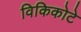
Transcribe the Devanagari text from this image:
विकिकोटे